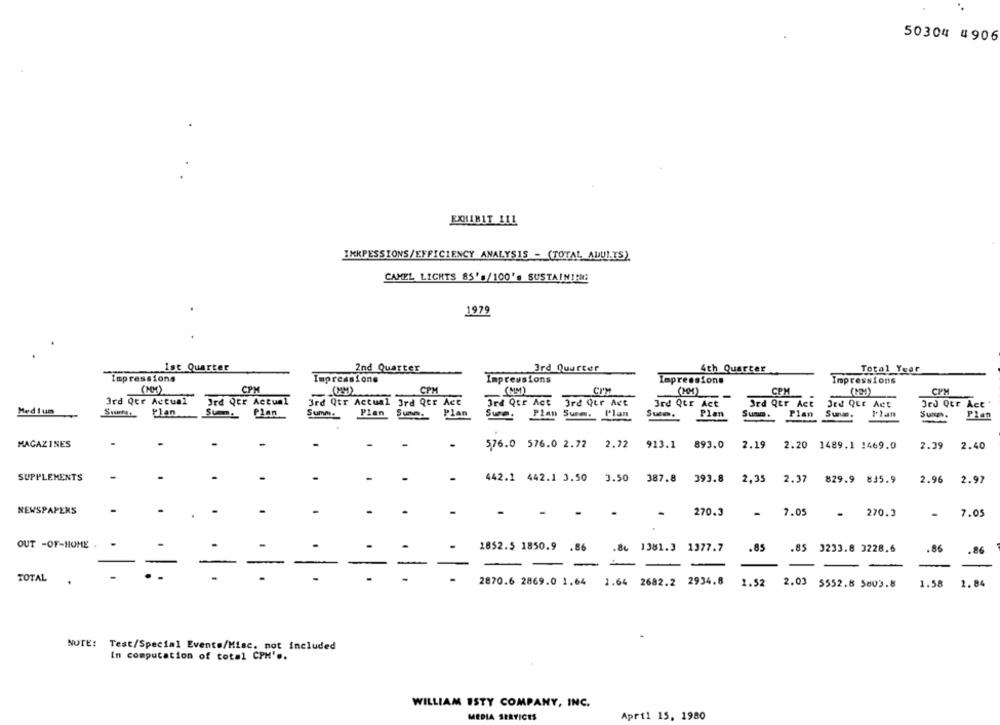
50304 4906
EXHIBIT ILL
IMKPESSIONS/EFFICIENCY ANALYSIS - (TOTAL ADULTS)
CAMEL LIGHTS 85's/100's SUSTAIN !!
1979
Ist Quarter
2nd Quarter
Ird Quarter
4th Quarter
Total Year
Impressions
Impressione
Impressions
Impressions
Impressions
CPM
CPM
(MM)
CPM
CPM
(MM)
CPM
-
3rd Que Actual
Jed Qtr Actual
3rd Qtr Actual 3rd Qtr Act
3rd Qtr Act Ord Qur Act
3rd Qtr Act
Ord Qer Act
Jed QtE Act
Jed Qtr Act
Medium
Plan
Plan
Sum. Plan
Summe
Pian Summ. Plan
Sum. Plan Surm. Plan
Summ. Plan Sunas,
Suma.
Plan
MAGAZINES
576.0 576.0 2.72
2.72
913.1
893.0
2.19
2.20 1489.1 1469.0
2.39
2.40
SUPPLEMENTS
442.1 442.1 3.50
393.8
2,35
829.9 835.9
2.96
2.97
3.50 387.8
2.37
NEWSPAPERS
-
270.3
7.05
.
270.3
-
7.05
OUT -OF-HOME .
1852.5 1850.9 .86
.86 1381.3 1377.7
.85 .85 3233.8 3228.6
.86
.86
-
--
-
-
-
-
-
TOTAL
2870.6 2869.0 1.64 1.64 2682.2 2934.8 1.52 2.03 5552.8 5803.8
1.58
2.84
NUTE: Test/Special Events/Misc. not included
In computation of total CPH' ..
WILLIAM ISTY COMPANY, INC.
April 15, 1980
MEDIA SERVICES